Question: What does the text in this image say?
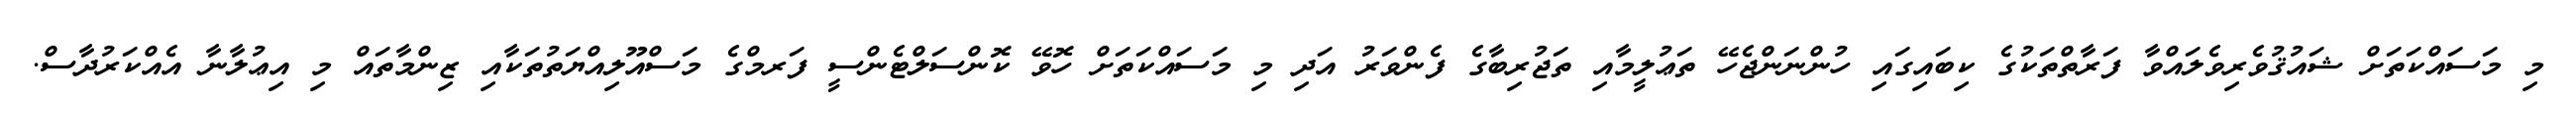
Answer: މި މަސައްކަތަށް ޝައުޤުވެރިވެލައްވާ ފަރާތްތަކުގެ ކިބައިގައި ހުންނަންޖެހޭ ތަޢުލީމާއި ތަޖުރިބާގެ ފެންވަރު އަދި މި މަސައްކަތަށް ހޮވޭ ކޮންސަލްޓެންސީ ފަރމްގެ މަސްއޫލިއްޔަތުތަކާއި ޒިންމާތައް މި އިޢުލާނާ އެއްކަރުދާސް.